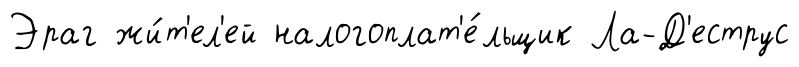
Эраг жи́т'ел'ей налогоплат'е́льщик Ла-Д'еструс